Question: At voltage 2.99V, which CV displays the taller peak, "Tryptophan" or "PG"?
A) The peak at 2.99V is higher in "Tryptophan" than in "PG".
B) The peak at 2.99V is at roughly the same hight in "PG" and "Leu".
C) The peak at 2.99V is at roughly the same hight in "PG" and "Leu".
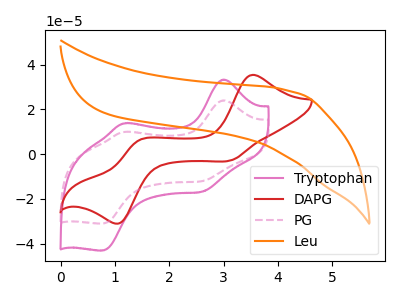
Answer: <think>The pink curve "Tryptophan" has anodic peaks at (3.00V, 33.25uA) (1.15V, 13.75uA) and cathodic peaks at (2.60V, -16.80uA) (0.75V, -43.10uA). The red curve "DAPG" has anodic peaks at (3.55V, 35.40uA) (1.45V, 6.25uA) and cathodic peaks at (3.15V, -2.80uA) (1.10V, -30.85uA). The pink dashed curve "PG" has anodic peaks at (3.00V, 23.95uA) (1.15V, 9.90uA) and cathodic peaks at (2.60V, -12.10uA) (0.75V, -31.05uA). The orange curve "Leu" has no peaks.</think>
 <answer>A) The peak at 2.99V is higher in "Tryptophan" than in "PG".</answer>
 <eval>A</eval>